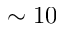
\sim 1 0